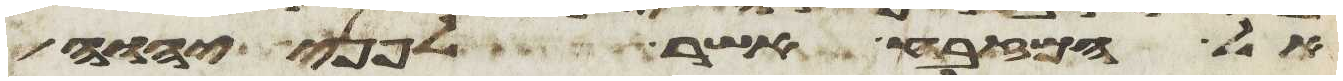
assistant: אל המזבח אשר לפני יהוה